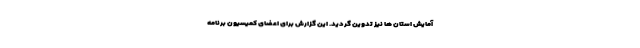
آمایش استان ها نیز تدوین گردید. این گزارش برای اعضای کمیسیون برنامه